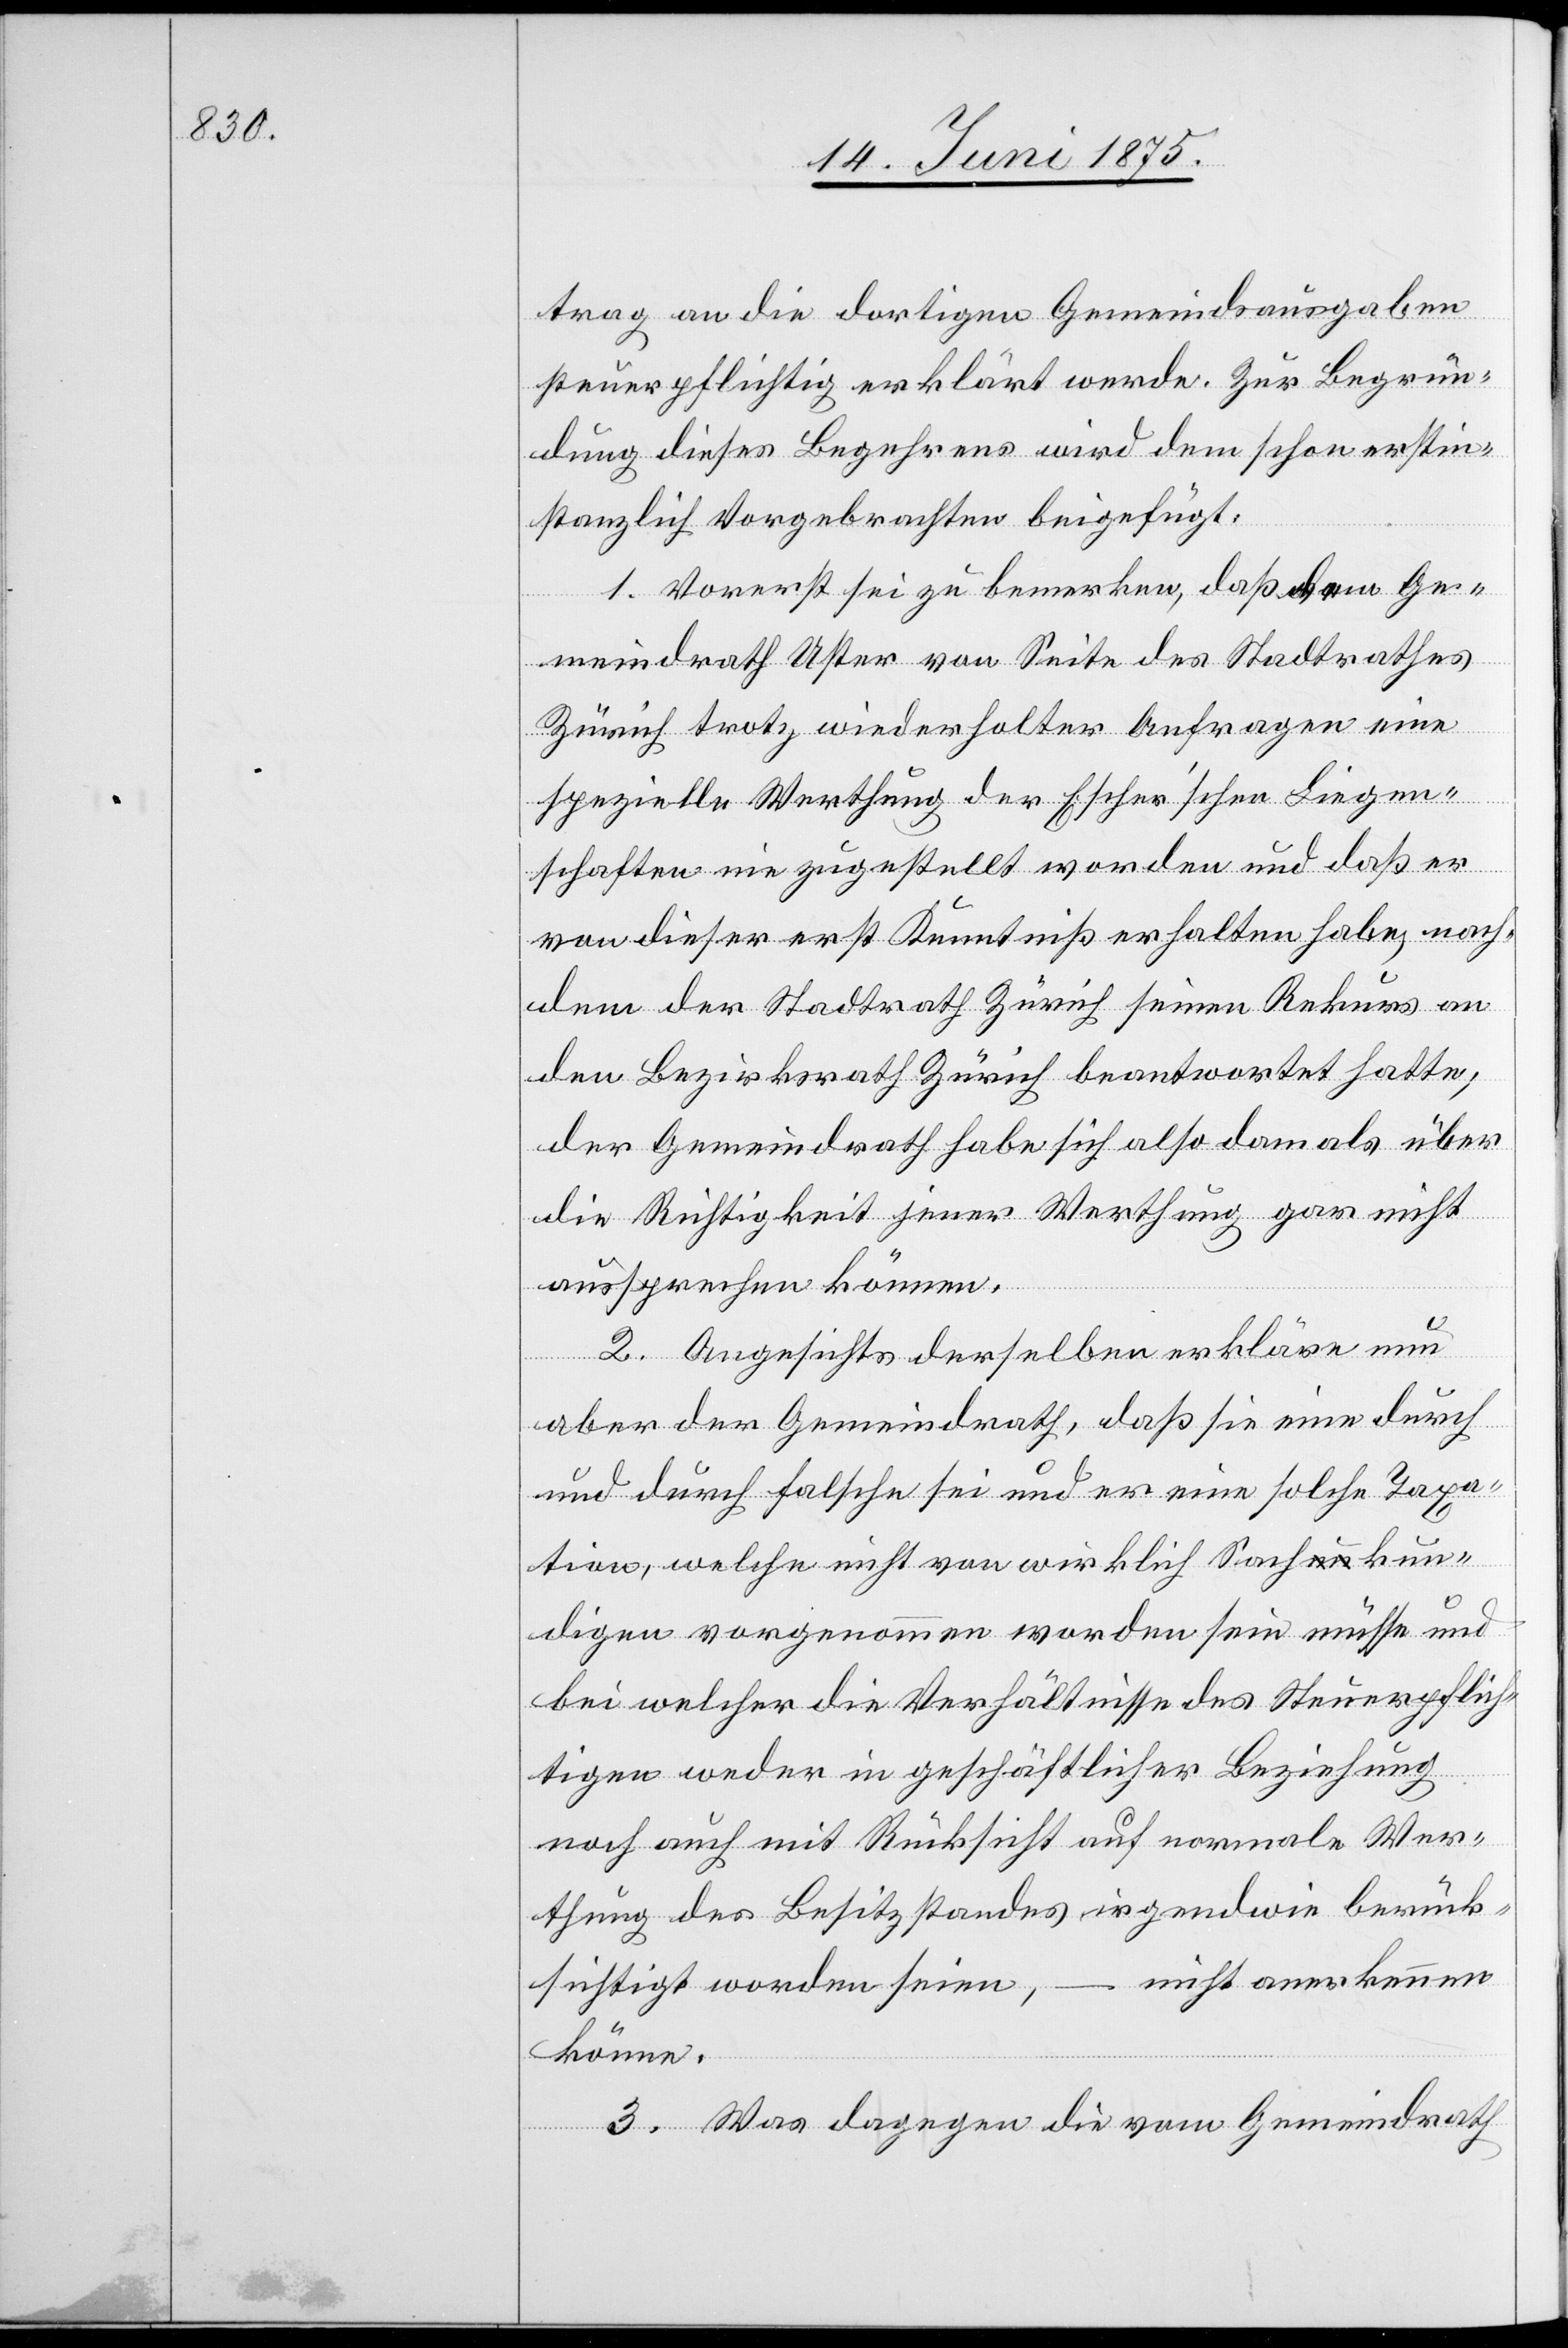
trag an die dortigen Gemeindsausgaben
steuerpflichtig erklärt werde. Zur Begrün¬
dung dieses Begehrens wird dem schon erstin¬
stanzlich Vorgebrachten beigefügt.
1. Vorerst sei zu bemerken, daß dem Ge¬
meindrath Uster von Seite des Stadtrathes
Zürich trotz wiederholter Anfragen eine
spezielle Werthung der Escher’schen Liegen¬
schaften nie zugestellt worden und daß er
von dieser erst Kenntniß erhalten habe, nach¬
dem der Stadtrath Zürich seinen Rekurs an
den Bezirksrath Zürich beantwortet hatte,
der Gemeindrath habe sich also damals über
die Richtigkeit jener Werthung gar nicht
aussprechen können.
2. Angesichts derselben erkläre nun
aber der Gemeindrath, daß sie eine durch
und durch falsche sei und er eine solche Taxa¬
tion, welche nicht von wirklich Sachkun¬
digen vorgenommen worden sein müsse und
bei welcher die Verhältnisse des Steuerpflich¬
tigen weder in geschäftlicher Beziehung
noch auch mit Rücksicht auf normale Wer¬
thung des Besitzstandes irgendwie berück¬
sichtigt worden seien, – nicht anerkennen
könne.
3. Was dagegen die vom Gemeindrath